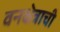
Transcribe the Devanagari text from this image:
वनक्षेत्राची